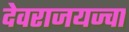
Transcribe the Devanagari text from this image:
देवराजयज्वा